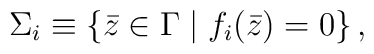
\Sigma _{i}\equiv \left\{ \bar{z}\in \Gamma \mid f_{i}(\bar{z})=0\right\} ,